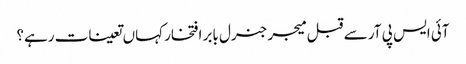
آئی ایس پی آر سے قبل میجر جنرل بابر افتخار کہاں تعینات رہے؟